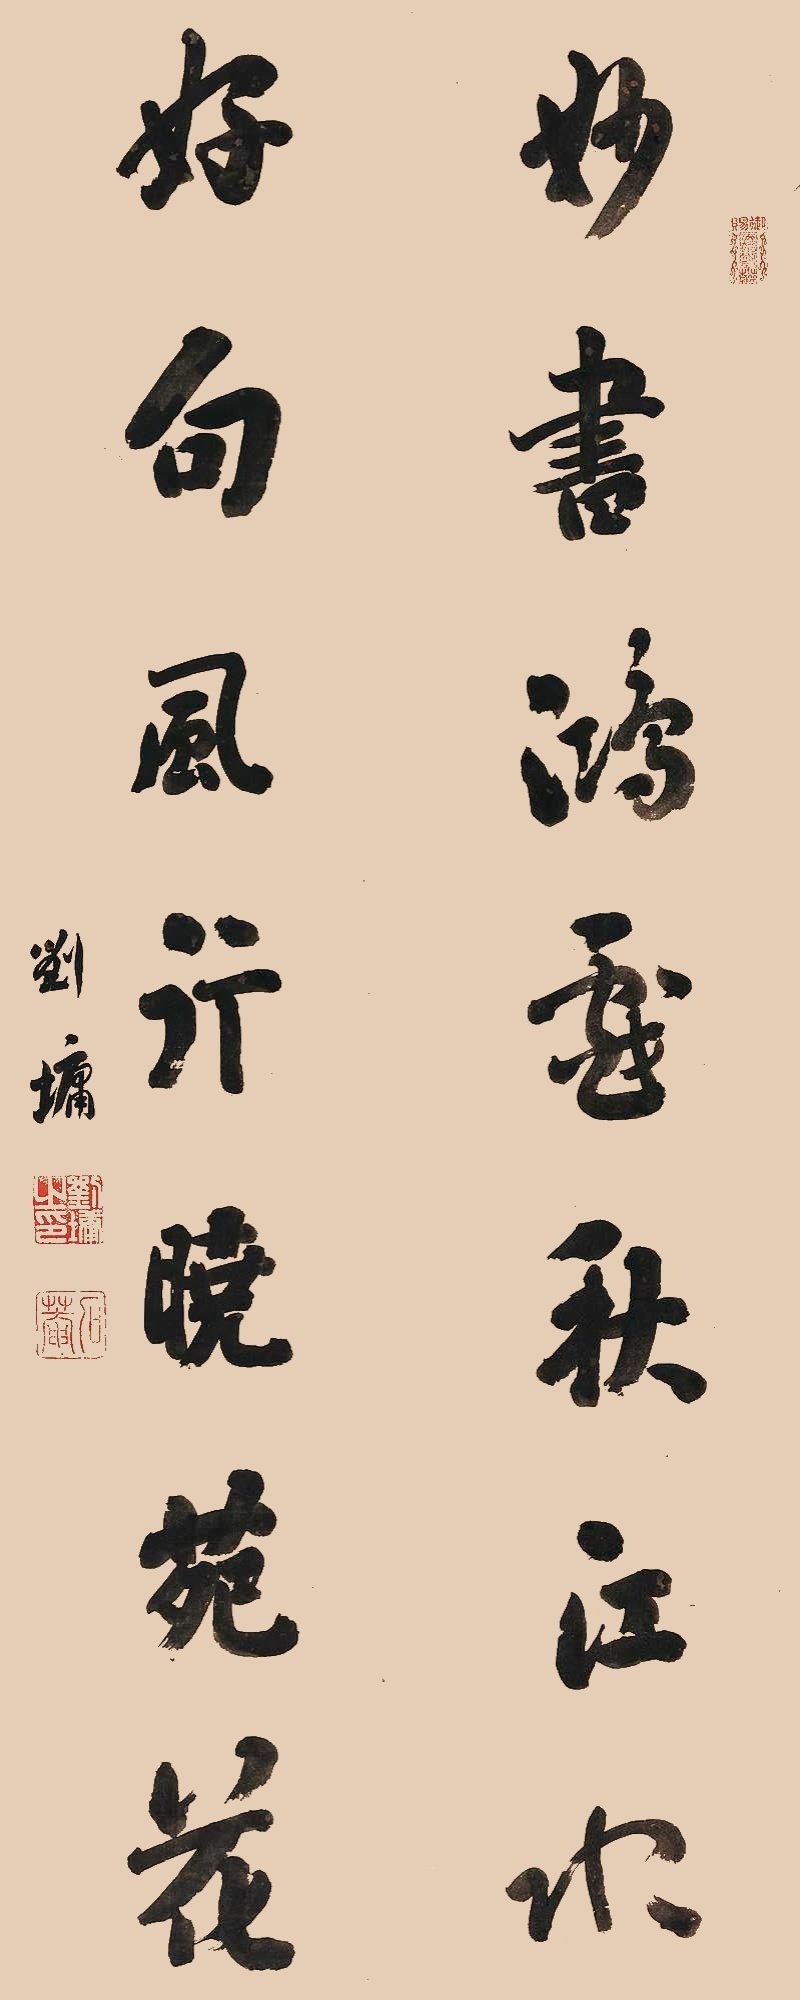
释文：妙书鸿戏秋江水，好句风行晓苑花。刘墉。